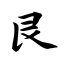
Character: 艮